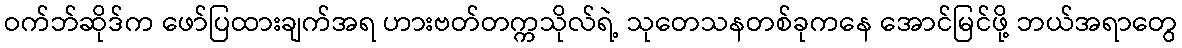
ဝက်ဘ်ဆိုဒ်က ဖော်ပြထားချက်အရ ဟားဗတ်တက္ကသိုလ်ရဲ့ သုတေသနတစ်ခုကနေ အောင်မြင်ဖို့ ဘယ်အရာတွေ